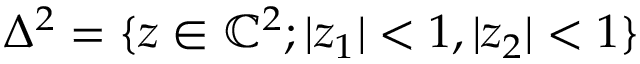
\Delta ^ { 2 } = \{ z \in \mathbb { C } ^ { 2 } ; | z _ { 1 } | < 1 , | z _ { 2 } | < 1 \}